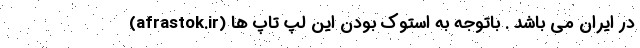
(afrastok.ir) در ایران می باشد . باتوجه به استوک بودن این لپ تاپ ها